Calcutta medical institutions reports 1892-1900
Year: 1892
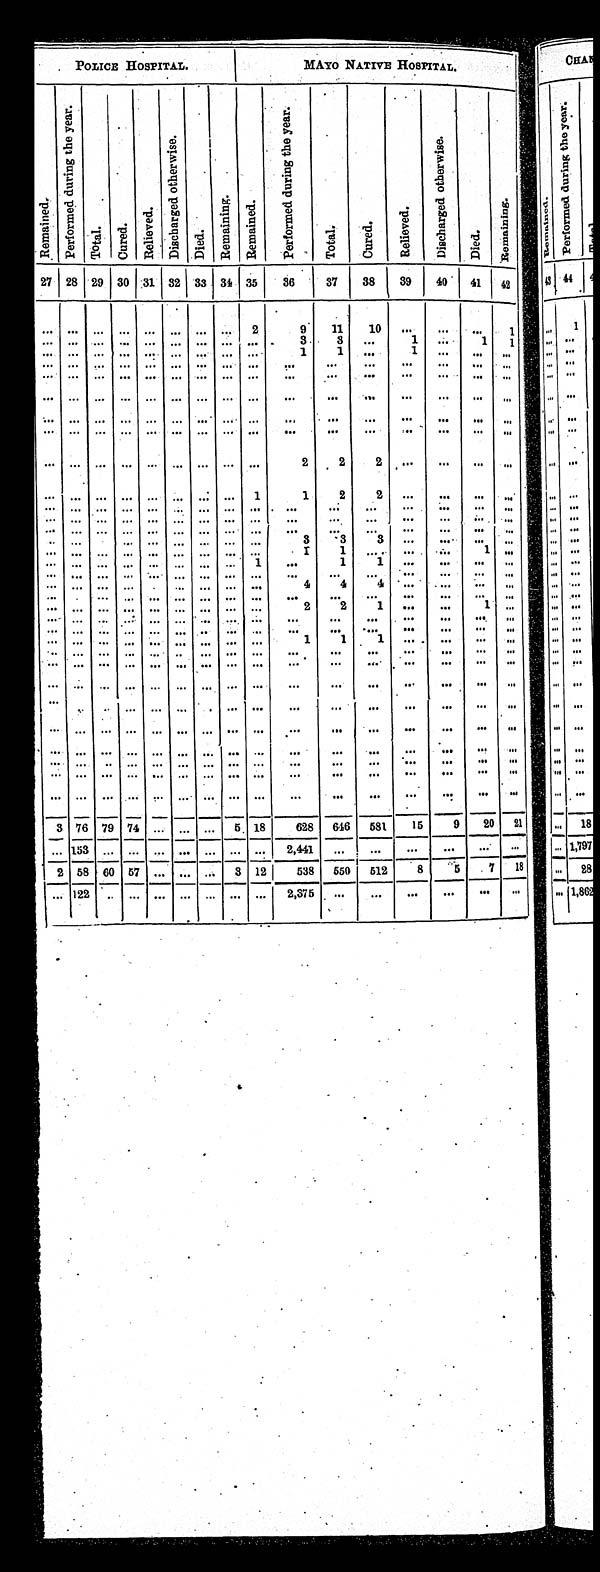
POLICE HOSPITAL
M MAYO NATIVE HOSPITAL.
R e m a i n e d .
P e r f o r m e d d u r i n g t h e y e a r .
T o t a l .
C u r e d .
R e l i e v e d .
Di s c h a r g e d Ot h e r wi s e .
Died.
Remai ni ng.
R e ma i n e d .
P e r f o r m e d d u r i n g t h e y e a r .
T o t a l .
C u r e d .
R e l i e v e d .
D i s c h a r g e d O t h e r w i s e .
D i e d .
Remai ni ng.
27 28 29 30 31 32 33 34 35
36
37
38
39
40
41 42
. . .
. . .
. . .
. . . . . . . . . . . .
. . .
2
9
1 1
1 0
. . .
. . .
. . .
1
. . .
. . .
. . .
. . . . . . . . . . . .
. . . . . .
3
3
. . .
1 . . .
1 1
. . .
. . .
. . .
. . .. . . . . . . . . . . . . . .
1
1
. . .
1 . . .
. . .. . .
. . .
. . .
. . .
. . . . . . . . . . . .
. . .. . .
. . .
. . .
. . .
. . .. . .
. . .. . .
. . .
. . .
. . .
. . .. . . . . . . . .
. . .. . .
. . .
. . .
. . .
. . .. . .
. . .. . .
. . . . . .
. . .
. . . . . . . . . . . . . . . . . .
. . .
. . .
. . .
. . .. . .
. . .. . .
. . .
. . .
. . .
. . .. . . . . . . . .
. . . . . .
. . .
. . .
. . .
. . .. . .
. . .. . .
. . .
. . .
. . .
. . .. . . . . . . . .
. . .. . .
. . .
. . .
. . .
. . . . . .
. . .
. . .
. . .
. . .
. . .
. . .. . . . . . . . .
. . .. . .
2
2
2
. . .. . .
. . . . . .
. . .
. . .
. . .
. . .. . . . . . . . .
. . .
1
1
2
2
. . .. . .
. . . . . .
. . .
. . .
. . .
. . .
. . . . . . . . .
. . .
. . .
. . .
. . .
. . .
. . .. . .
. . . . . .
. . .
. . .
. . .
. . .
. . . . . . . . .
. . .
. . .
. . .
. . .
. . .
. . .. . .
. . . . . .
. . .
. . .
. . .
. . .
. . . . . . . . .
. . .
. . .
. . .
. . .
. . .
. . .. . .
. . . . . .
. . .
. . .
. . .
. . .
. . .
. . . . . .
. . . . . .
3
3
3
. . .. . .
. . . . . .
. . .
. . .
. . .
. . .
. . . . . . . . .
. . . . . .
1
1
. . .
. . .. . .
1 . . .
. . .
. . .
. . .
. . .
. . . . . .
. . .
. . .
1
. . .
1
1
. . .. . .
. . .. . .
. . .
. . .
. . .
. . . . . . . . . . . .
. . . . . .
. . .
. . .
. . .. . .
. . . . . .
. . .
. . .
. . .
. . . . . .. . . . . .
. . .. . .
4
4
4
. . .
. . .
. . . . . .
. . .
. . .
. . .
. . . . . .. . . . . .
. . .. . .
2
2
1 . . .
. . .
1 . . .
. . .
. . .
. . .
. . . . . .. . . . . .
. . .. . .
. . .
. . .
. . .. . .
. . .
. . . . . .
. . .
. . .
. . .
. . . . . .. . . . . .
. . .. . .
. . .
. . .
. . .. . .
. . .
. . .. . .
. . .
. . .
. . .
. . .
. . . . . . . . .
. . .. . .
1
1
1 . . .
. . .
. . .. . .
. . .
. . .
. . .
. . . . . .. . . . . .
. . .. . .
. . .
. . .
. . .. . .
. . .
. . .. . .
. . .
. . .
. . .
. . . . . .. . . . . .
. . .. . .
. . .
. . .
. . .. . .
. . .
. . .. . .
. . .
. . .
. . .
. . .
. . . . . . . . .
. . .
. . .
. . .
. . .
. . .. . .
. . .
. . .. . .
. . .
. . .
. . .
. . .
. . .
. . . . . .
. . .
. . .
. . .
. . .
. . .. . .
. . .
. . .. . .
. . .
. . .
. . .
. . .
. . .
. . . . . .
. . . . . .
. . .
. . .
. . .. . .
. . .
. . .. . .
. . .
. . .
. . . . . . . . .
. . . . . .
. . .. . .
. . .
. . .
. . .
. . .
. . .
. . .
. . .
. . .
. . .
. . .
. . .
. . .
. . . . . .
. . .. . .
. . .
. . .
. . .
. . .
. . .
. . .
. . .
. . . . . .
. . .
. . .
. . .
. . .
. . .
. . .
. . .
. . .
. . .
. . . . . .
. . .
. . . . . .
. . .. . .
. . .
. . .. . . . . . . . .
. . .. . .
. . .
. . .
. . . . . .
. . .
. . . . . .
. . .
. . .
. . .
. . . . . .. . . . . .
. . .. . .
. . .
. . .
. . . . . .
. . .
. . . . . .
3 76 79 74
. . .
. . .
. . .
5 18
628 646
581
15
9
20
21
. . .
1 5 3
. . .
. . .
. . .
. . .
. . .
. . .
. . . 2,441
. . .
. . .
. . .
. . .
. . . . . .
2 58 60 57
. . .
. . . . . .
3 12 538 550
512
8
5
7
18
. . .
122
. . .
. . .
. . .
. . .
. . .
. . .
. . .
2 , 3 7 5
. . .
. . .. . .
. . .
. . .. . .